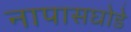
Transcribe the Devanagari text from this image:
नापासघोडे